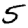
Digit: 5